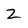
Character: Z